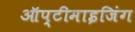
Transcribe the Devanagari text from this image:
ऑप्टीमाइजिंग